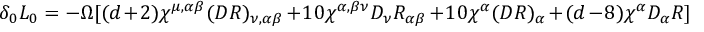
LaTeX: \delta _ { 0 } { \cal L } _ { 0 } = - \Omega [ ( d + 2 ) \chi ^ { \mu , \alpha \beta } ( D R ) _ { \nu , \alpha \beta } + 1 0 \chi ^ { \alpha , \beta \nu } D _ { \nu } R _ { \alpha \beta } + 1 0 \chi ^ { \alpha } ( D R ) _ { \alpha } + ( d - 8 ) \chi ^ { \alpha } D _ { \alpha } R ]